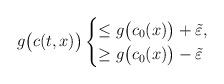
LaTeX: \begin{align*}g\big(c(t,x)\big) \begin{cases}\leq g\big(c_0(x)\big) + \tilde{\varepsilon}, \\\geq g\big(c_0(x)\big) - \tilde{\varepsilon}\end{cases}\end{align*}